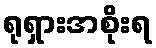
ရုရှားအစိုးရ